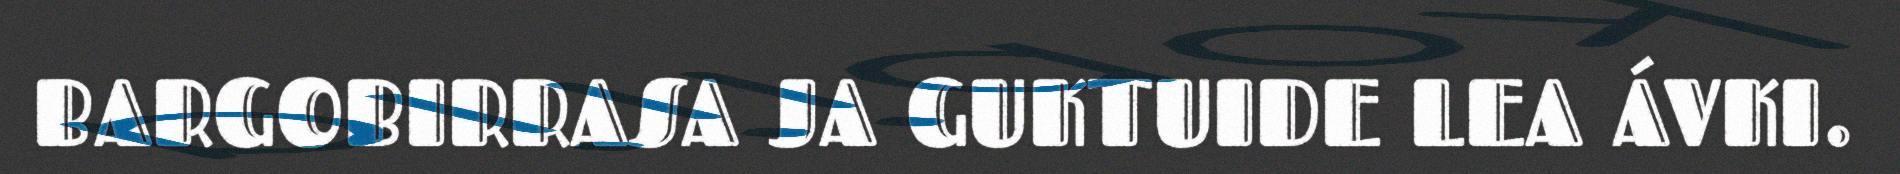
BARGOBIRRASA JA GUKTUIDE LEA ÁVKI.